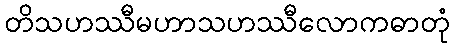
တိသဟဿီမဟာသဟဿီလောကဓာတုံ